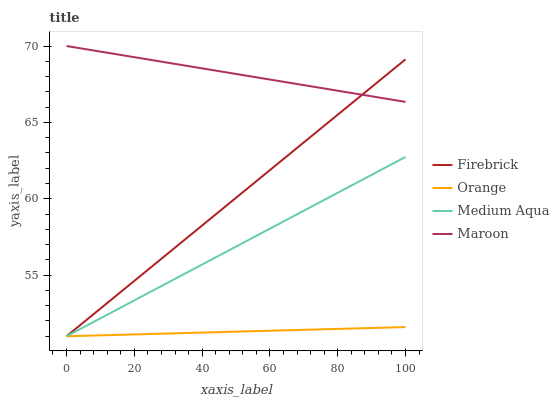
| xaxis_label | Firebrick | Orange | Medium Aqua | Maroon |
 | --- | --- | --- | --- | --- |
 | 0 | 51 | 51 | 51 | 70 |
 | 5.88 | 52.1 | 51 | 51.7 | 69.8 |
 | 11.8 | 53.1 | 51.1 | 52.4 | 69.6 |
 | 17.6 | 54.2 | 51.1 | 53.1 | 69.4 |
 | 23.5 | 55.3 | 51.1 | 53.8 | 69.1 |
 | 29.4 | 56.3 | 51.2 | 54.5 | 68.9 |
 | 35.3 | 57.4 | 51.2 | 55.1 | 68.7 |
 | 41.2 | 58.5 | 51.2 | 55.8 | 68.5 |
 | 47.1 | 59.5 | 51.3 | 56.5 | 68.3 |
 | 52.9 | 60.6 | 51.3 | 57.2 | 68.1 |
 | 58.8 | 61.7 | 51.4 | 57.9 | 67.8 |
 | 64.7 | 62.7 | 51.4 | 58.6 | 67.6 |
 | 70.6 | 63.8 | 51.4 | 59.3 | 67.4 |
 | 76.5 | 64.9 | 51.5 | 60 | 67.2 |
 | 82.4 | 65.9 | 51.5 | 60.7 | 67 |
 | 88.2 | 67 | 51.5 | 61.4 | 66.8 |
 | 94.1 | 68.1 | 51.6 | 62 | 66.6 |
 | 100 | 69.1 | 51.6 | 62.7 | 66.3 |